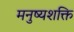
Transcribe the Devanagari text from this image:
मनुष्यशक्ति